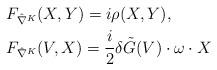
LaTeX: \begin{align*} &F_{\hat{\nabla}^K}(X,Y) = i \rho(X,Y),\\ &F_{\hat{\nabla}^K}(V,X) = \frac{i}{2} \delta \tilde{G}(V)\cdot \omega\cdot X\end{align*}